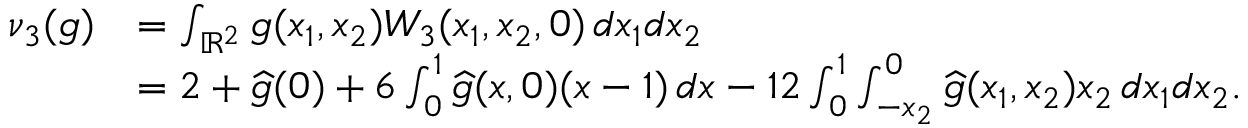
\begin{array} { r l } { \nu _ { 3 } ( g ) } & { = \int _ { \mathbb { R } ^ { 2 } } g ( x _ { 1 } , x _ { 2 } ) W _ { 3 } ( x _ { 1 } , x _ { 2 } , 0 ) \, d x _ { 1 } d x _ { 2 } } \\ & { = 2 + \widehat g ( 0 ) + 6 \int _ { 0 } ^ { 1 } \widehat g ( x , 0 ) ( x - 1 ) \, d x - 1 2 \int _ { 0 } ^ { 1 } \int _ { - x _ { 2 } } ^ { 0 } \widehat g ( x _ { 1 } , x _ { 2 } ) x _ { 2 } \, d x _ { 1 } d x _ { 2 } . } \end{array}